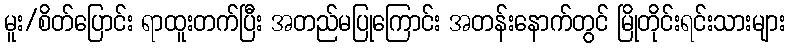
မူး/စိတ်ပြောင်း ရာထူးတက်ပြီး အတည်မပြုကြောင်း အတန်းနောက်တွင် မြိုတိုင်းရင်းသားများ